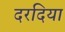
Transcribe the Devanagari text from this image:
दरदिया